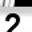
Digit: 2